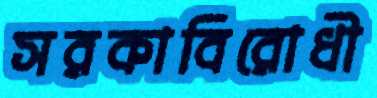
সরকাবিরোধী